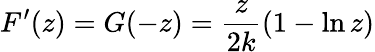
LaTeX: F^{\prime}(z)=G(-z)={\frac{z}{2k}}(1-\ln z)